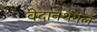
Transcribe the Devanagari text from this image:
वेदानथंगल